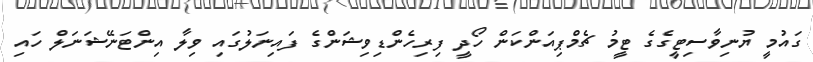
ގައުމީ ޔުނިވާސިޓީގެގެ ޓީމު ޗެމްޕިއަންކަން ހޯދީ ފިރިހެންޑިވިޝަންގެ ފައިނަލުގައި ވިލާ އިންޓަނޭޝަނަލް ހައި